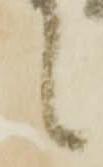
候